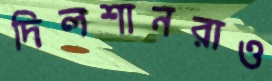
দিলশানরাও